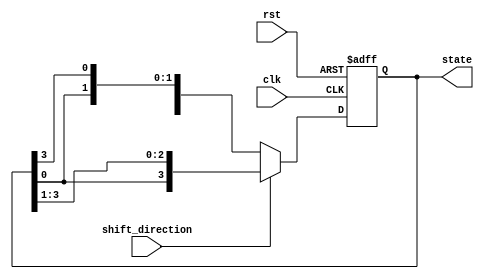
module johnson_counter(
    input wire clk,
    input wire rst,
    input wire shift_direction, // 0 for left shift, 1 for right shift
    output reg [3:0] state
);

always @(posedge clk or posedge rst) begin
    if (rst) begin
        state <= 4'b0001;
    end else begin
        if (shift_direction == 0) begin
            state <= {state[2:0], state[3]};
        end else begin
            state <= {state[0], state[3:1]};
        end
    end
end

endmodule